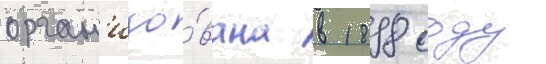
орган'изо́вана в 1898 году